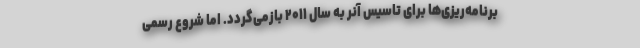
برنامه‌ریزی‌ها برای تاسیس آنر به سال ۲۰۱۱ بازمی‌گردد. اما شروع رسمی